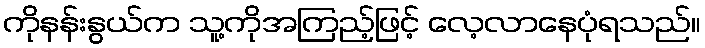
ကိုနန်းနွယ်က သူ့ကိုအကြည့်ဖြင့် လေ့လာနေပုံရသည်။